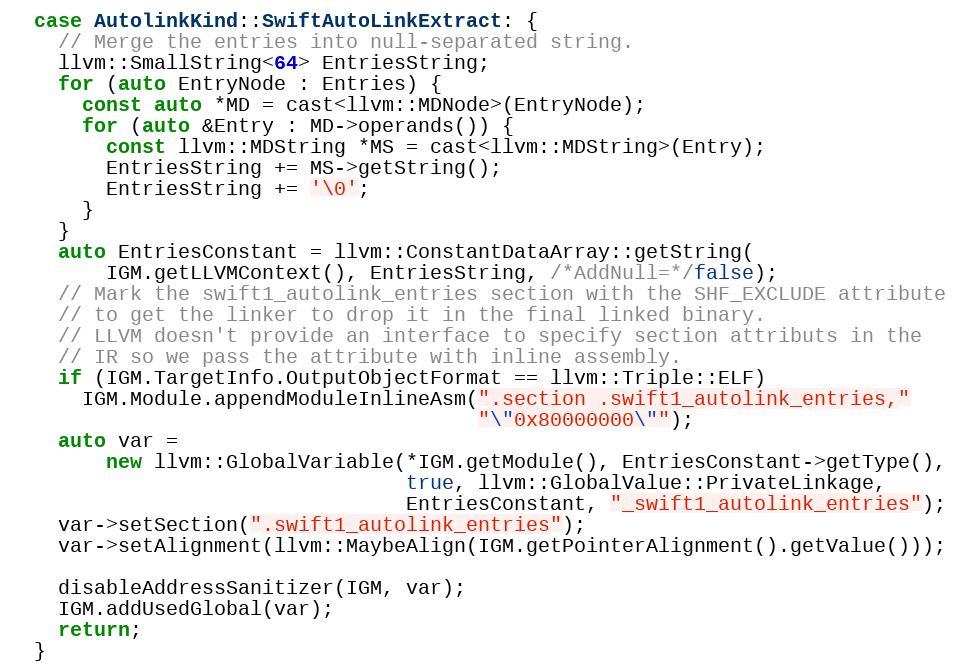
Language: C++
  case AutolinkKind::SwiftAutoLinkExtract: {
    // Merge the entries into null-separated string.
    llvm::SmallString<64> EntriesString;
    for (auto EntryNode : Entries) {
      const auto *MD = cast<llvm::MDNode>(EntryNode);
      for (auto &Entry : MD->operands()) {
        const llvm::MDString *MS = cast<llvm::MDString>(Entry);
        EntriesString += MS->getString();
        EntriesString += '\0';
      }
    }
    auto EntriesConstant = llvm::ConstantDataArray::getString(
        IGM.getLLVMContext(), EntriesString, /*AddNull=*/false);
    // Mark the swift1_autolink_entries section with the SHF_EXCLUDE attribute
    // to get the linker to drop it in the final linked binary.
    // LLVM doesn't provide an interface to specify section attributs in the
    // IR so we pass the attribute with inline assembly.
    if (IGM.TargetInfo.OutputObjectFormat == llvm::Triple::ELF)
      IGM.Module.appendModuleInlineAsm(".section .swift1_autolink_entries,"
                                       "\"0x80000000\"");
    auto var =
        new llvm::GlobalVariable(*IGM.getModule(), EntriesConstant->getType(),
                                 true, llvm::GlobalValue::PrivateLinkage,
                                 EntriesConstant, "_swift1_autolink_entries");
    var->setSection(".swift1_autolink_entries");
    var->setAlignment(llvm::MaybeAlign(IGM.getPointerAlignment().getValue()));

    disableAddressSanitizer(IGM, var);
    IGM.addUsedGlobal(var);
    return;
  }